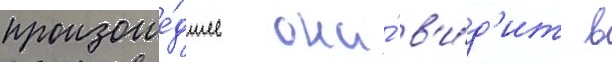
произоше́дшее она́ в'и́д'ит в